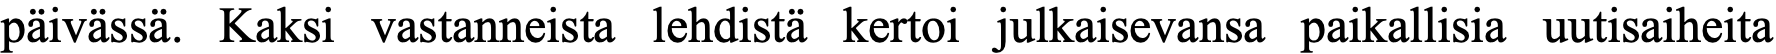
päivässä. Kaksi vastanneista lehdistä kertoi julkaisevansa paikallisia uutisaiheita